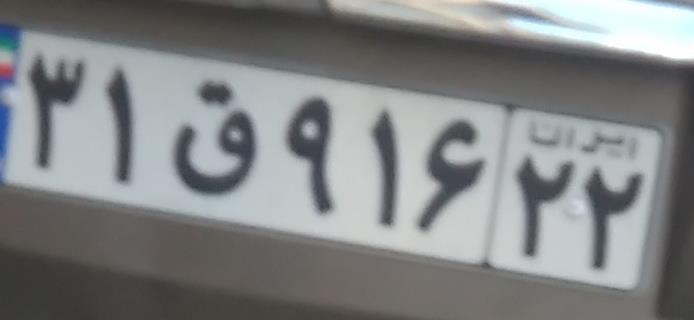
۳۱ق۹۱۶۲۲